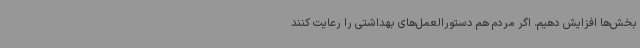
بخش‌ها افزایش دهیم. اگر مردم هم دستورالعمل‌های بهداشتی را رعایت کنند